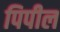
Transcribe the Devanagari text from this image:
पिपील